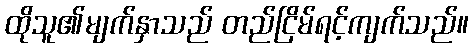
ထိုသူ၏မျက်နှာသည် တည်ငြိမ်ရင့်ကျက်သည်။